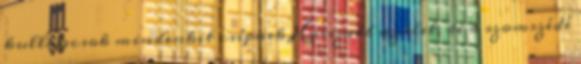
kullancsok mindenkit csípnek Hosszabb az élet, de a szomszédé